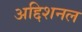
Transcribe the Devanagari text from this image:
अद्दिशनल